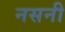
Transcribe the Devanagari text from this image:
नसनी